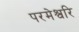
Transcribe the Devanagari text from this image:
परमेश्वरि